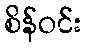
စိန်ဝင်း